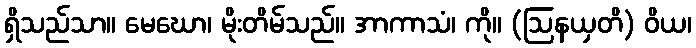
ရှိသည်သာ။ မေဃော၊ မိုးတိမ်သည်။ အာကာသံ၊ ကို။ (ဩနယှတိ) ဝိယ၊